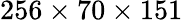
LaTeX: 256\times 70\times 151